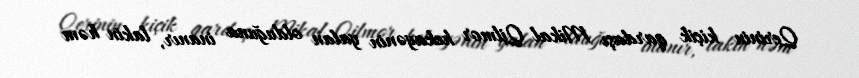
Qerinin kiçik qardaşı Mikal Qilmor hekayənin yalan olduğuna inanır, lakin həm